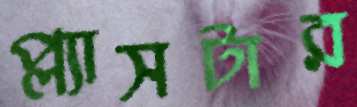
প্ল্যাসটার